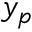
y _ { p }